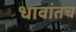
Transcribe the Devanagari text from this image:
धावांतच